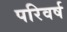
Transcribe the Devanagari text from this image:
परिवर्ष